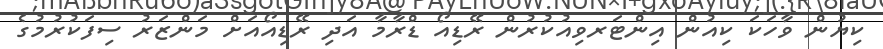
ކިޔުން ވާހަކަ ކިއުން އިންޓަރވިއުކުރުން ރޭޑިއޯ ޑްރާމާ އަދި ރޭޑިއޯއަށް މަންޒަރު ސިފަކުރުމުގެ